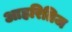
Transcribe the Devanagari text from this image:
आहरितिज